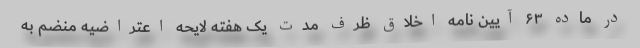
در ماده ۶۳ آیین نامه اخلاق ظرف مدت یک هفته لایحه اعتراضیه منضم به